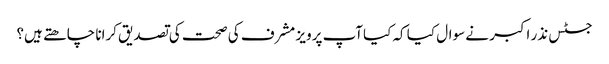
جسٹس نذر اکبر نے سوال کیا کہ کیاآپ پرویز مشرف کی صحت کی تصدیق کرانا چاھتے ہیں؟